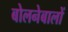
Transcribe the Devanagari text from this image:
बोलनेबालों